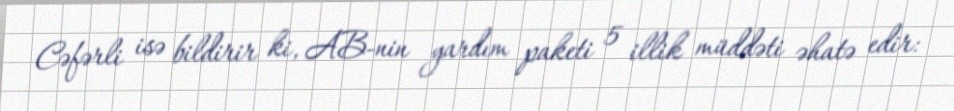
Cəfərli isə bildirir ki, AB-nin yardım paketi 5 illik müddəti əhatə edir: